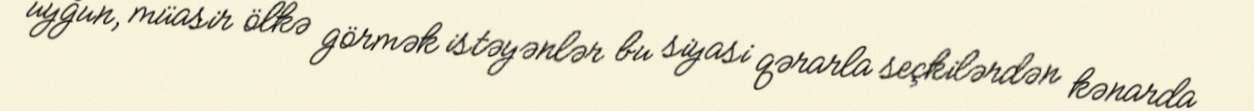
uyğun, müasir ölkə görmək istəyənlər bu siyasi qərarla seçkilərdən kənarda